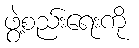
ဖွဲ့စည်းရေးကို